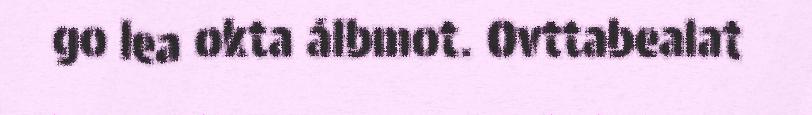
go lea okta álbmot. Ovttabealat